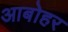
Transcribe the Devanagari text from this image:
आबोहर